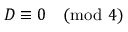
D \equiv 0 { \pmod { 4 } }